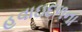
હવાઇદળના